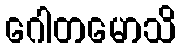
ဂေါတမောသိ